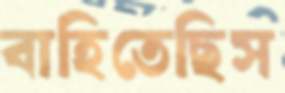
বাহিতেছিস